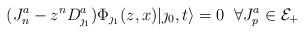
LaTeX: \begin{align*}(J^a_n-z^n D^a_{\jmath_1})\Phi_{\jmath_1}(z,x)|\jmath_0,t\rangle=0 \;\; \forall J^a_p \in {\cal E}_+\end{align*}